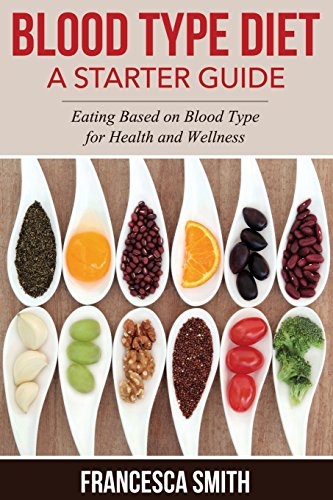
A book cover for Blood Type Diet: A Starter Guide: Eating Based on Blood Type for Health and Wellness; Francesca Smith; Health, Fitness & Dieting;